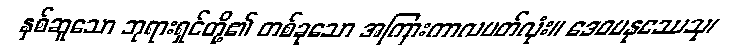
နှစ်ဆူသော ဘုရားရှင်တို့၏ တစ်ခုသော အကြားကာလပတ်လုံး။ ဒေဝမနုဿေသု၊